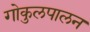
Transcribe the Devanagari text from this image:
गोकुलपालन